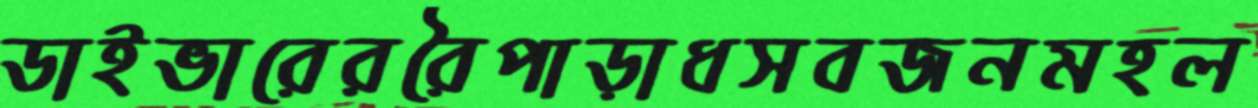
ডাইভারেররৈপাড়াধসবজনমহল